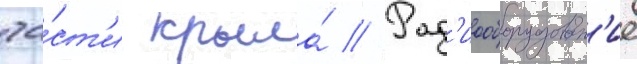
ча́ст'и крыла́ // Рад'иооборудован'ие